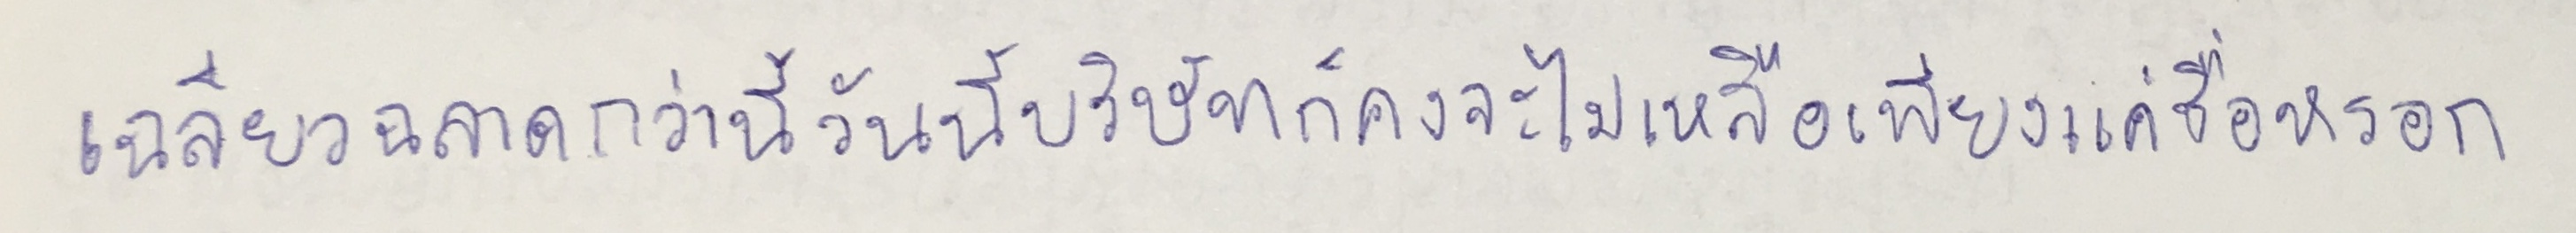
เฉลียวฉลาดกว่านี้วันนี้บริษัทก็คงจะไม่เหลือเพียงแค่ชื่อหรอก"